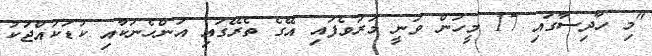
"މި ހާދިސާގައި 17 މީހުން ވަނީ މަރުވެފައި އޭގެ ތެރޭގައި އަންހެނަކާއި ކުޑަކުއްޖަކު